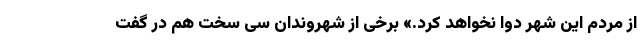
از مردم این شهر دوا نخواهد کرد.» برخی از شهروندان سی سخت هم در گفت